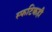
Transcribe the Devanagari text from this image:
स्फटिकही